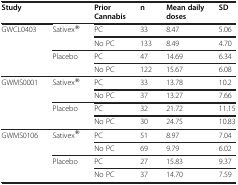
<table><thead><tr><td><b>Study</b></td><td><b> </b></td><td><b>Prior Cannabis</b></td><td><b>n</b></td><td><b>Mean daily doses</b></td><td><b>SD</b></td></tr></thead><tbody><tr><td>GWCL0403</td><td>Sativex®</td><td>PC</td><td>33</td><td>8.47</td><td>5.06</td></tr><tr><td> </td><td> </td><td>No PC</td><td>133</td><td>8.49</td><td>4.70</td></tr><tr><td> </td><td>Placebo</td><td>PC</td><td>47</td><td>14.69</td><td>6.34</td></tr><tr><td> </td><td> </td><td>No PC</td><td>122</td><td>15.67</td><td>6.08</td></tr><tr><td>GWMS0001</td><td>Sativex®</td><td>PC</td><td>33</td><td>13.78</td><td>10.2</td></tr><tr><td> </td><td> </td><td>No PC</td><td>37</td><td>13.27</td><td>7.66</td></tr><tr><td> </td><td>Placebo</td><td>PC</td><td>32</td><td>21.72</td><td>11.15</td></tr><tr><td> </td><td> </td><td>No PC</td><td>30</td><td>24.75</td><td>10.83</td></tr><tr><td>GWMS0106</td><td>Sativex®</td><td>PC</td><td>51</td><td>8.97</td><td>7.04</td></tr><tr><td> </td><td> </td><td>No PC</td><td>69</td><td>9.79</td><td>6.02</td></tr><tr><td> </td><td>Placebo</td><td>PC</td><td>27</td><td>15.83</td><td>9.37</td></tr><tr><td> </td><td> </td><td>No PC</td><td>37</td><td>14.70</td><td>7.59</td></tr></tbody></table>